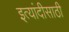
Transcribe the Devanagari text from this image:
इत्यांदीसाठी